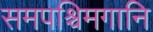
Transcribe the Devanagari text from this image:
समपश्चिमगानि